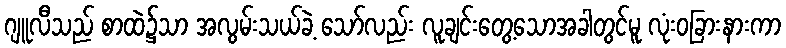
ဂျူလီသည် စာထဲ၌သာ အလွမ်းသယ်ခဲ့ သော်လည်း လူချင်းတွေ့သောအခါတွင်မူ လုံးဝခြားနားကာ